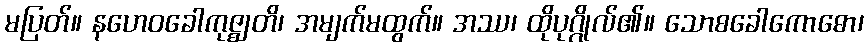
မပြတ်။ နဟေဝခေါကုဇ္ဈတိ၊ အမျက်မထွက်။ အဿ၊ ထိုပုဂ္ဂိုလ်၏။ သောစခေါကောဓော၊